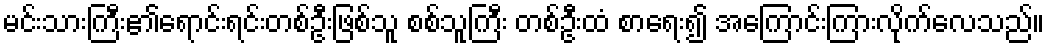
မင်းသားကြီး၏ရောင်းရင်းတစ်ဦးဖြစ်သူ စစ်သူကြီး တစ်ဦးထံ စာရေး၍ အကြောင်းကြားလိုက်လေသည်။